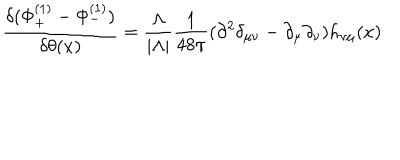
{ \frac { \delta ( \Phi _ { + } ^ { ( 1 ) } - \Phi _ { - } ^ { ( 1 ) } ) } { \delta \theta ( x ) } } = { \frac { \Lambda } { | \Lambda | } } { \frac { 1 } { 4 8 \pi } } ( \partial ^ { 2 } \delta _ { \mu \nu } - \partial _ { \mu } \partial _ { \nu } ) h _ { \nu \mu } ( x )